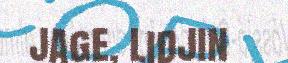
jage, lidjin